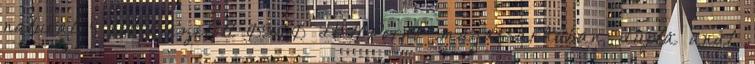
natural 4 évvel ezelőtt 05:00 HellPorno magassarkúban, dupla anál,